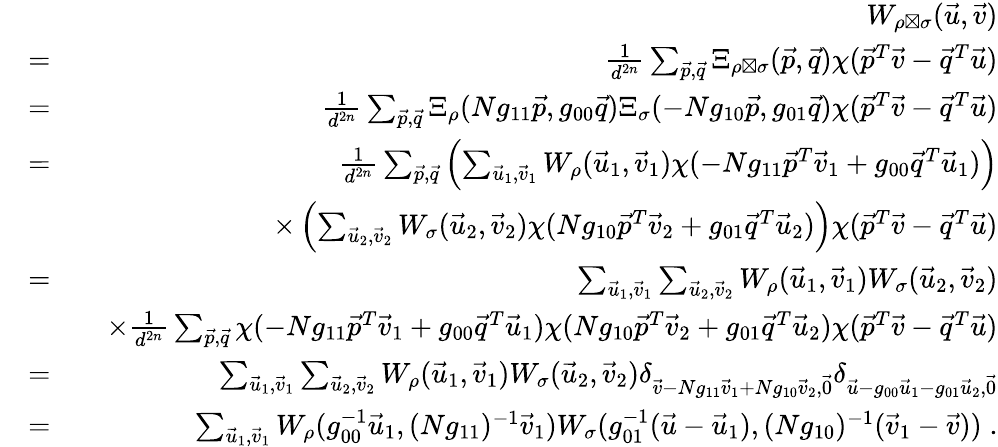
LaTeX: \begin{array}{rlr}&{}&{W_{\rho\boxtimes\sigma}(\vec{u},\vec{v})}\\ &{=}&{\frac{1}{d^{2n}}\sum_{\vec{p},\vec{q}}\Xi_{\rho\boxtimes\sigma}(\vec{p},\vec{q})\chi(\vec{p}^{T}\vec{v}-\vec{q}^{T}\vec{u})}\\ &{=}&{\frac{1}{d^{2n}}\sum_{\vec{p},\vec{q}}\Xi_{\rho}(Ng_{11}\vec{p},g_{00}\vec{q})\Xi_{\sigma}(-Ng_{10}\vec{p},g_{01}\vec{q})\chi(\vec{p}^{T}\vec{v}-\vec{q}^{T}\vec{u})}\\ &{=}&{\frac{1}{d^{2n}}\sum_{\vec{p},\vec{q}}\left(\sum_{\vec{u}_{1},\vec{v}_{1}}W_{\rho}(\vec{u}_{1},\vec{v}_{1})\chi(-Ng_{11}\vec{p}^{T}\vec{v}_{1}+g_{00}\vec{q}^{T}\vec{u}_{1})\right)}\\ &{}&{\quad\times\left(\sum_{\vec{u}_{2},\vec{v}_{2}}W_{\sigma}(\vec{u}_{2},\vec{v}_{2})\chi(Ng_{10}\vec{p}^{T}\vec{v}_{2}+g_{01}\vec{q}^{T}\vec{u}_{2})\right)\chi(\vec{p}^{T}\vec{v}-\vec{q}^{T}\vec{u})}\\ &{=}&{\sum_{\vec{u}_{1},\vec{v}_{1}}\sum_{\vec{u}_{2},\vec{v}_{2}}W_{\rho}(\vec{u}_{1},\vec{v}_{1})W_{\sigma}(\vec{u}_{2},\vec{v}_{2})}\\ &{}&{\quad\times\frac{1}{d^{2n}}\sum_{\vec{p},\vec{q}}\chi(-Ng_{11}\vec{p}^{T}\vec{v}_{1}+g_{00}\vec{q}^{T}\vec{u}_{1})\chi(Ng_{10}\vec{p}^{T}\vec{v}_{2}+g_{01}\vec{q}^{T}\vec{u}_{2})\chi(\vec{p}^{T}\vec{v}-\vec{q}^{T}\vec{u})}\\ &{=}&{\sum_{\vec{u}_{1},\vec{v}_{1}}\sum_{\vec{u}_{2},\vec{v}_{2}}W_{\rho}(\vec{u}_{1},\vec{v}_{1})W_{\sigma}(\vec{u}_{2},\vec{v}_{2})\delta_{\vec{v}-Ng_{11}\vec{v}_{1}+Ng_{10}\vec{v}_{2},\vec{0}}\delta_{\vec{u}-g_{00}\vec{u}_{1}-g_{01}\vec{u}_{2},\vec{0}}}\\ &{=}&{\sum_{\vec{u}_{1},\vec{v}_{1}}W_{\rho}(g_{00}^{-1}\vec{u}_{1},(Ng_{11})^{-1}\vec{v}_{1})W_{\sigma}(g_{01}^{-1}(\vec{u}-\vec{u}_{1}),(Ng_{10})^{-1}(\vec{v}_{1}-\vec{v}))\; .}\end{array}